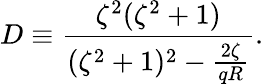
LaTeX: D\equiv\frac{\zeta^{2}(\zeta^{2}+1)}{(\zeta^{2}+1)^{2}-\frac{2\zeta}{qR}}.